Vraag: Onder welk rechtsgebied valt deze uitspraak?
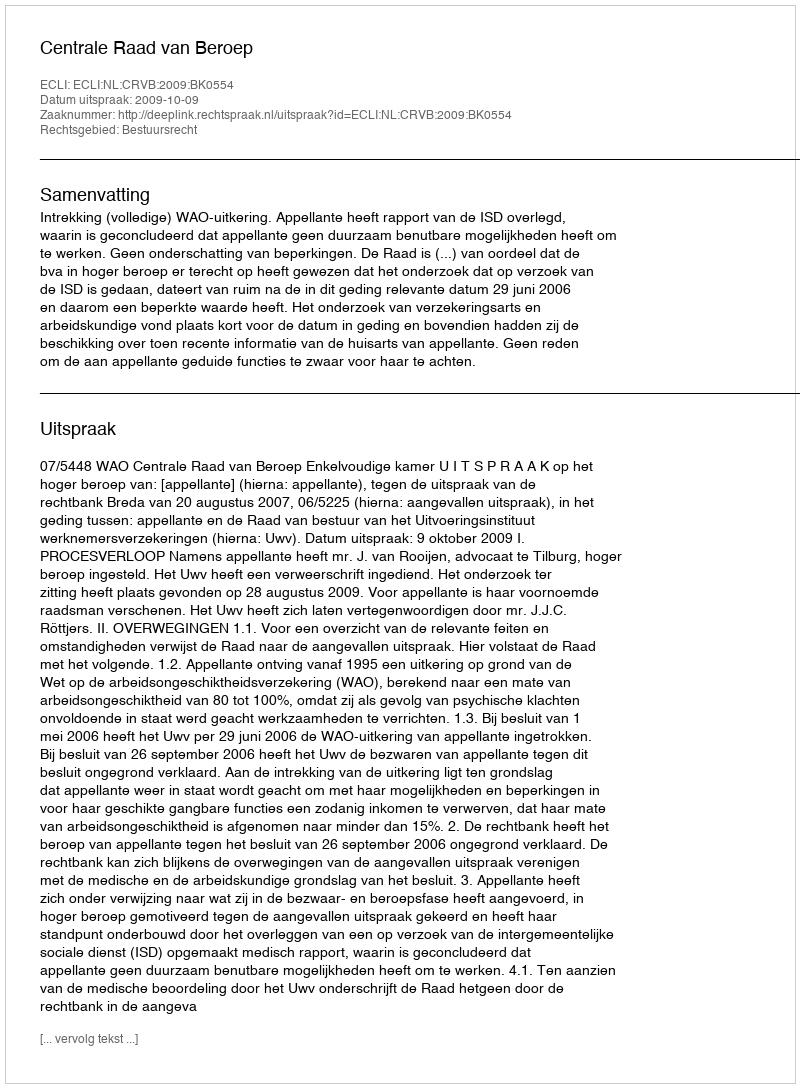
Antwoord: Bestuursrecht